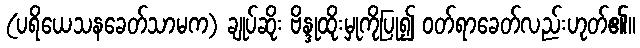
(ပရိယေသနခေတ်သာမက) ချုပ်ဆိုး ဗိန္ဒုထိုးမှုကိုပြု၍ ဝတ်ရာခေတ်လည်းဟုတ်၏။